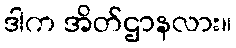
ဒါက အိတ်ဌာနလား။